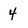
Character: 4